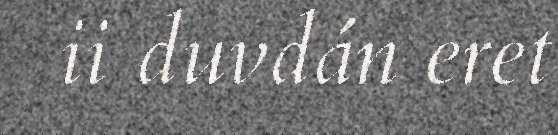
ii duvdán eret